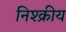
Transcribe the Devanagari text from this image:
निश्क्रीय